画像に写った文字を読んでください
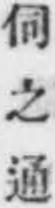
「伺之通」と書いてあります